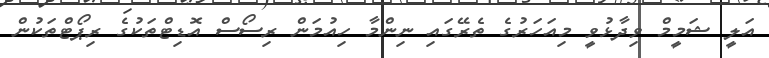
އަލީ ޝަމީމް ވިދާޅުވީ މިއަހަރުގެ ތެރޭގައި ނިންމާ ހިއުމަން ރިސޯސް އޮޑިޓްތަކުގެ ރިޕޯޓްތަކުން